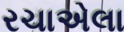
રચાએલા